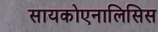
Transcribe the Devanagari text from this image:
सायकोएनालिसिस